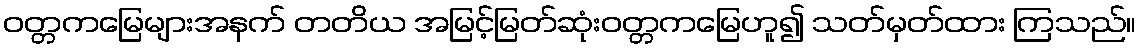
ဝတ္တကမြေများအနက် တတိယ အမြင့်မြတ်ဆုံးဝတ္တကမြေဟူ၍ သတ်မှတ်ထား ကြသည်။